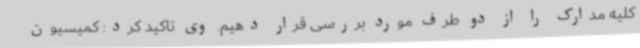
کلیه مدارک را از دو طرف مورد بررسی قرار دهیم. وی تاکید کرد: کمیسیون